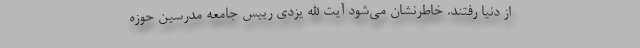
از دنیا رفتند. خاطرنشان می‌شود آیت الله یزدی رییس جامعه مدرسین حوزه